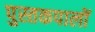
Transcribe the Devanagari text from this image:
पुस्तकपालों